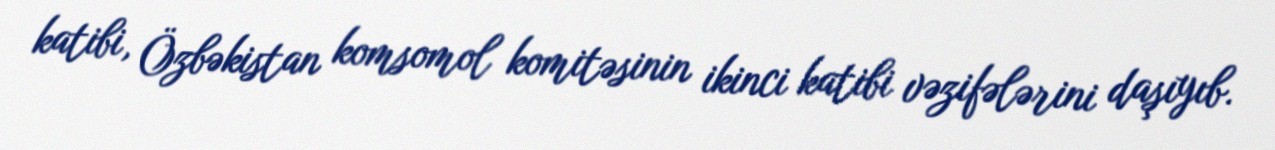
katibi, Özbəkistan komsomol komitəsinin ikinci katibi vəzifələrini daşıyıb.